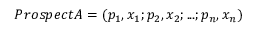
P r o s p e c t A = ( p _ { 1 } , x _ { 1 } ; p _ { 2 } , x _ { 2 } ; . . . ; p _ { n } , x _ { n } )